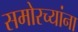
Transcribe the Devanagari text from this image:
समोरच्यांना